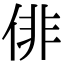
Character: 俳